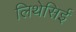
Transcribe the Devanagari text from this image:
लिथेसिई